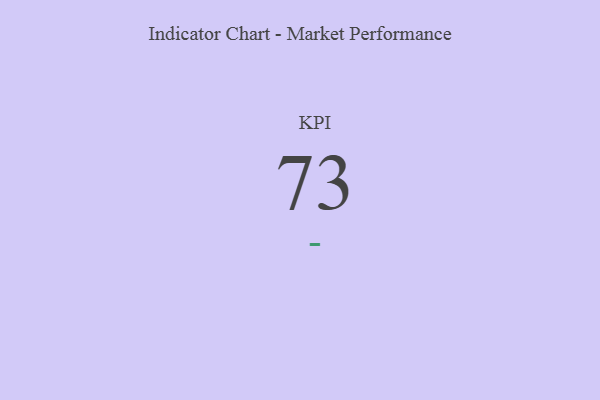
{"axis": {"x": "KPI", "y": "Value"}, "legend": [""], "data": [{"x": "KPI", "y": 73, "type": ""}]}